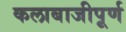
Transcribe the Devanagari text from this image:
कलाबाजीपूर्ण